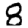
Digit: 8